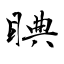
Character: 睓